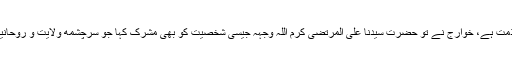
قابلِ مذمت ہے، خوارج نے تو حضرت سیدنا علی المرتضی کرم اللہ وجہہ جیسی شخصیت کو بھی مشرک کہا جو سرچشمهِ ولایت و روحانیت ہیں۔